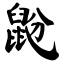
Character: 鼢